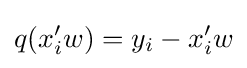
q(x_{i}'w)=y_{i}-x_{i}'w